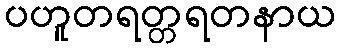
ပဟူတရတ္တရတနာယ